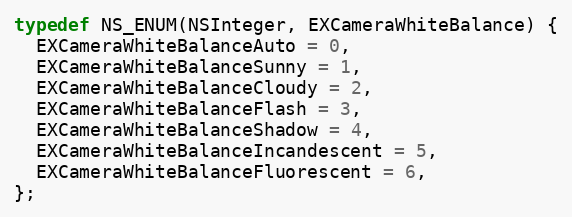
Language: C
typedef NS_ENUM(NSInteger, EXCameraWhiteBalance) {
  EXCameraWhiteBalanceAuto = 0,
  EXCameraWhiteBalanceSunny = 1,
  EXCameraWhiteBalanceCloudy = 2,
  EXCameraWhiteBalanceFlash = 3,
  EXCameraWhiteBalanceShadow = 4,
  EXCameraWhiteBalanceIncandescent = 5,
  EXCameraWhiteBalanceFluorescent = 6,
};